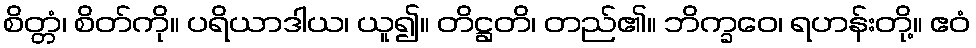
စိတ္တံ၊ စိတ်ကို။ ပရိယာဒါယ၊ ယူ၍။ တိဋ္ဌတိ၊ တည်၏။ ဘိက္ခဝေ၊ ရဟန်းတို့။ ဧဝံ